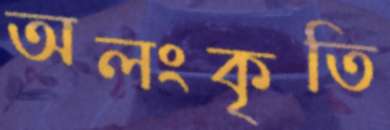
অলংকৃতি